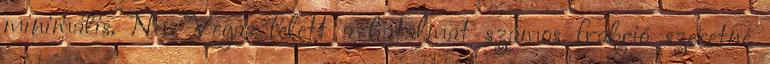
minimális. New Vegas felett a hatalmat számos frakció szeretné